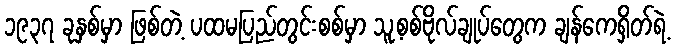
၁၉၃၇ ခုနှစ်မှာ ဖြစ်တဲ့ ပထမပြည်တွင်းစစ်မှာ သူ့စစ်ဗိုလ်ချုပ်တွေက ချန်ကေရှိတ်ရဲ့